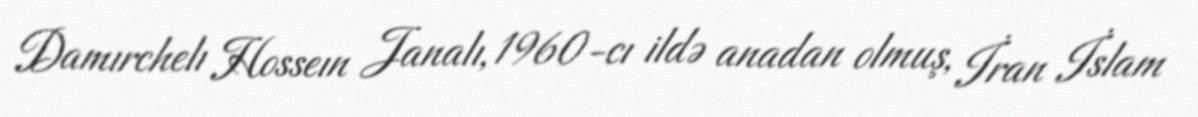
Damırchelı Hosseın Janalı, 1960-cı ildə anadan olmuş, İran İslam